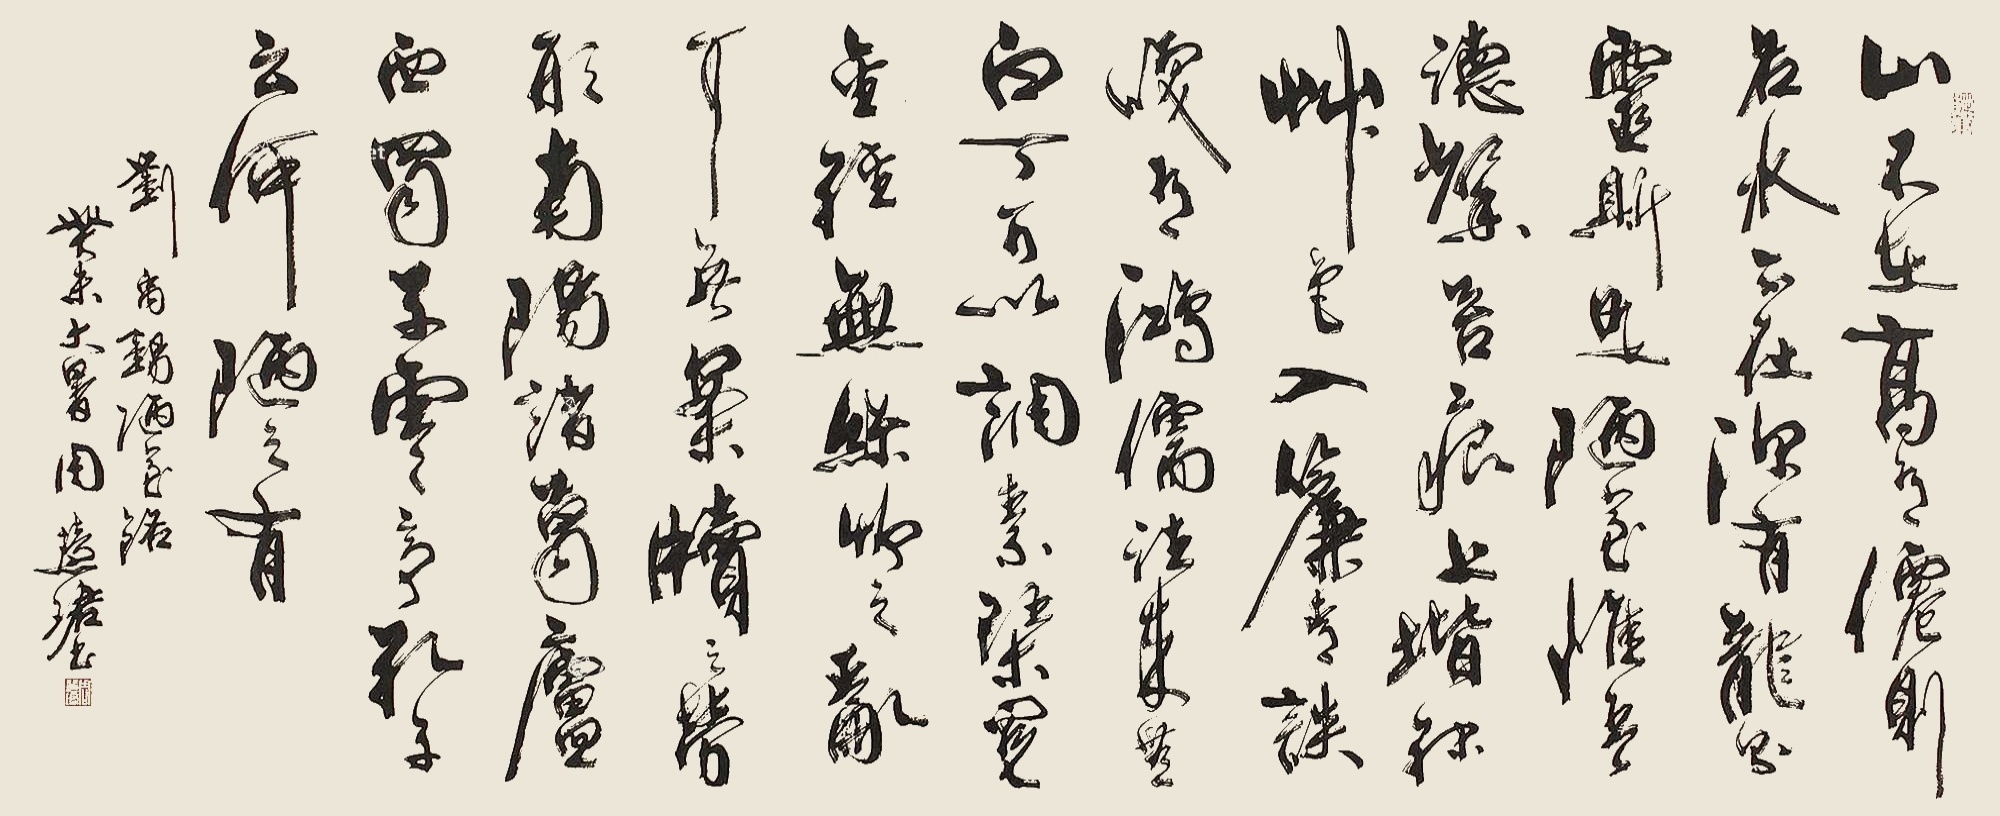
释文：山不在高，有仙则名。水不在深，有龙则灵。斯是陋室，惟吾德馨。苔痕上阶绿，草色入帘青。谈笑有鸿儒，往来无白丁。可以调素琴，阅金经。无丝竹之乱耳，无案牍之劳形。南阳诸葛庐，西蜀子云亭。孔子云：何陋之有？刘禹锡《陋室铭》，癸未大暑，周慧珺书。